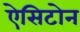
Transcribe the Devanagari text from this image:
ऐसिटोन